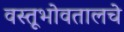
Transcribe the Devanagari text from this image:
वस्तूभोवतालचे